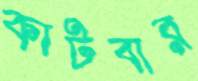
কাটবার